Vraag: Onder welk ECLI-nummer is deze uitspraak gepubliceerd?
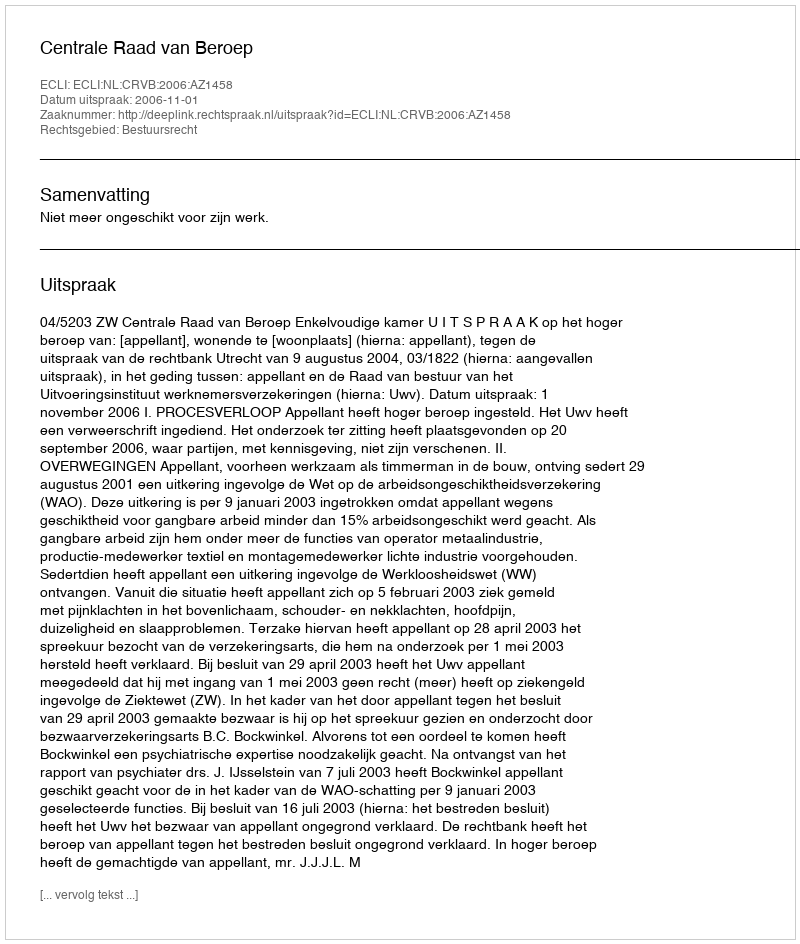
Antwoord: ECLI:NL:CRVB:2006:AZ1458